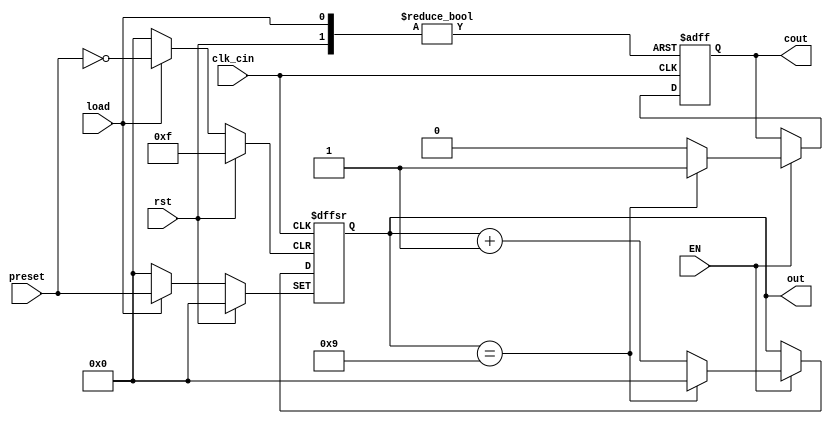
/*****************************************
decimal_counter
zcatao
201611510:47:34
:
    

     clk_cin
    rst
     EN
     load
     preset
:
    : out
    cout

***********************************************/
module decimal_counter (
    input clk_cin,
    input rst,
    input EN,
    input load,
    input[3:0] preset,
    output[3:0] out,
    output cout
    );
    reg [3:0] out_dat;
    reg FULL;

    always @ (posedge clk_cin or posedge rst or posedge load) begin
        if (rst) begin
            out_dat <= 0;
            FULL <= 0;
        end else if (load) begin
            out_dat <= preset;
            FULL <= 0;
        end else if (EN) begin
            if(out_dat == 4'd9) begin
                out_dat <= 0;
                FULL <= 1;
            end
            else begin
                out_dat <= out_dat + 4'd1;
                FULL <= 0;
            end
        end
    end

    assign out = out_dat;
    assign cout = FULL;
endmodule // decimal_counter